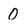
Character: 0